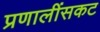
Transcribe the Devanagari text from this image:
प्रणालींसकट